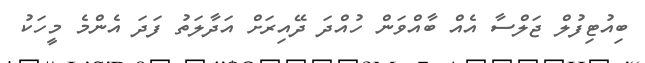
ބިއުޓިފުލް ޖަލްސާ އެއް ބާއްވަން ހުއްދަ ދޭއިރަށް އަދާލަތު ފަދަ އެންމެ މީހަކު